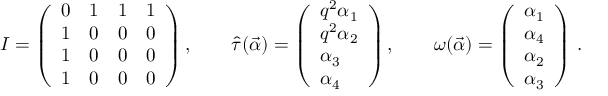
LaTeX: I = \left( \begin{array} { l l l l } { { 0 } } & { { 1 } } & { { 1 } } & { { 1 } } \\ { { 1 } } & { { 0 } } & { { 0 } } & { { 0 } } \\ { { 1 } } & { { 0 } } & { { 0 } } & { { 0 } } \\ { { 1 } } & { { 0 } } & { { 0 } } & { { 0 } } \end{array} \right) , \quad \quad \hat { \tau } ( \vec { \alpha } ) = \left( \begin{array} { l } { { q ^ { 2 } \alpha _ { 1 } } } \\ { { q ^ { 2 } \alpha _ { 2 } } } \\ { { \alpha _ { 3 } } } \\ { { \alpha _ { 4 } } } \end{array} \right) , \quad \quad \omega ( \vec { \alpha } ) = \left( \begin{array} { l } { { \alpha _ { 1 } } } \\ { { \alpha _ { 4 } } } \\ { { \alpha _ { 2 } } } \\ { { \alpha _ { 3 } } } \end{array} \right) \, .